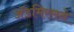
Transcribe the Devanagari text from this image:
ॲडमिरलने